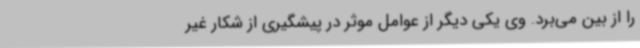
را از بین می‌برد. وی یکی دیگر از عوامل موثر در پیشگیری از شکار غیر